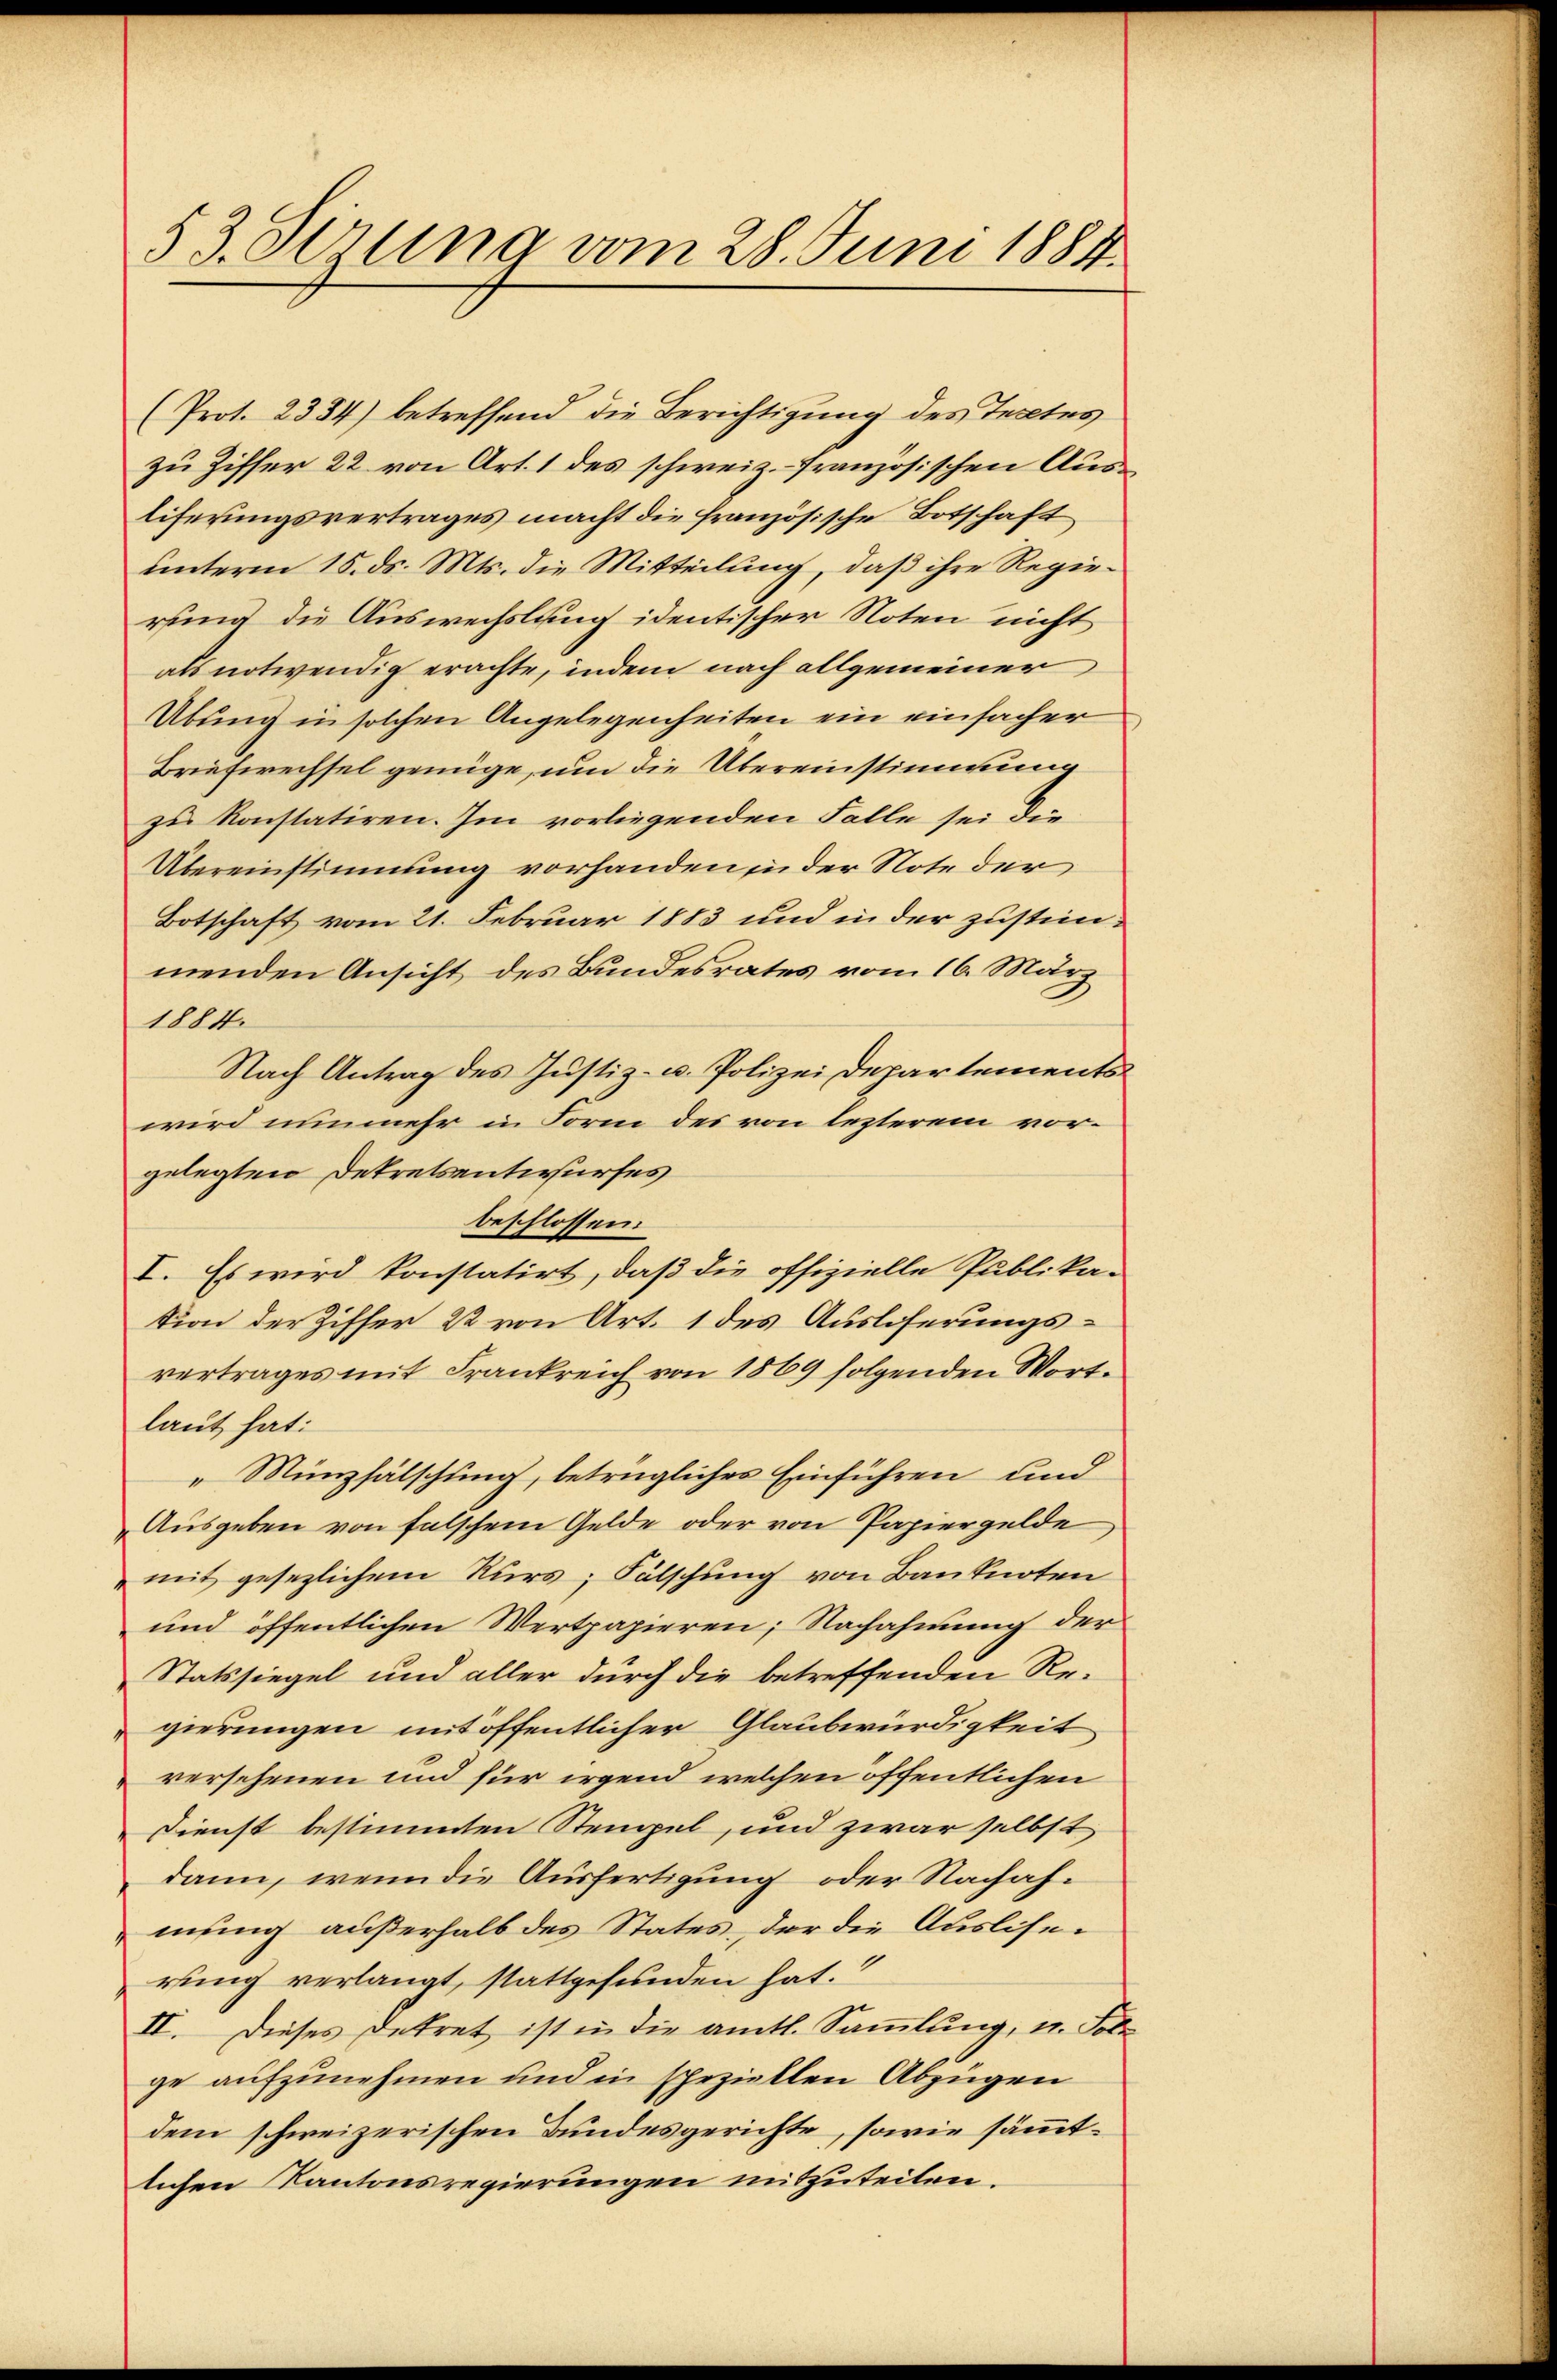
53. derung vom 28. Juni 1884

(Prot. 2334) betreffend die Berichtigung des Textes
zu Ziffer 22 von Art. 1 des schweiz. französischen Ausliferungsvertrages macht die französische Botschaft
unterm 15. ds. Mts. die Mitteilung, daß ihre Regierung die Auswechslung identischer Noten nicht
als notwendig erachte, indem nach allgemeiner
Übung in solchen Angelegenheiten ein einfacher
Briefwechsel genüge, um die Übereinstimmung
zu konstatiren. Im vorliegenden Falle sei die
Übereinstimmung vorhanden in der Note der
Botschaft vom 21. Februar 1883 und in der zustimmenden Ansicht des Bundesrates vom 16. März
1884.
Nach Antrag des Justiz- u. Polizei Departements
wird nunmehr in Form des von lezterem vorgelegten Dekretsentwurfes
beschlossen.
I. Es wird konstatirt, daß die offizielle Publika-
tion der Ziffer 22 von Art. 1 des Ausloserungsvertrages mit Frankreich von 1869 folgenden Wortlaut hat:
Münzfälschung, betrügliches Einführen und
Ausgeben von falschem Gelde oder von Papiergelde
mit gesezlichem Kurs; Fälschung von Banknoten
und öffentlichen Wertpapieren; Nachahmung der
Statssiegel und aller durch die betreffenden Re-
gierungen mit öffentlicher Glaubwürdigkeit
versehenen und für irgend welchen öffentlichen
Dienst bestimmten Stempel, und zwar selbst
dann, wenn die Ausfertigung oder Nachahmung außerhalb des States, der die Ausliserung verlangt, stattgefunden hat.
II. Dieses Dekret ist in die amtl. Sammlung, u. Sole
ge aufzunehmen und in speziellen Abzügen
dem schweizerischen Bundesgerichte, sowie sämmtlichen Kantonsregierungen mitzuteilen.